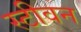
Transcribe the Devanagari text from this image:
स्‍टीवन